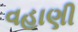
વહાણી